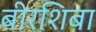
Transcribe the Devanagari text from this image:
बीरशिबा